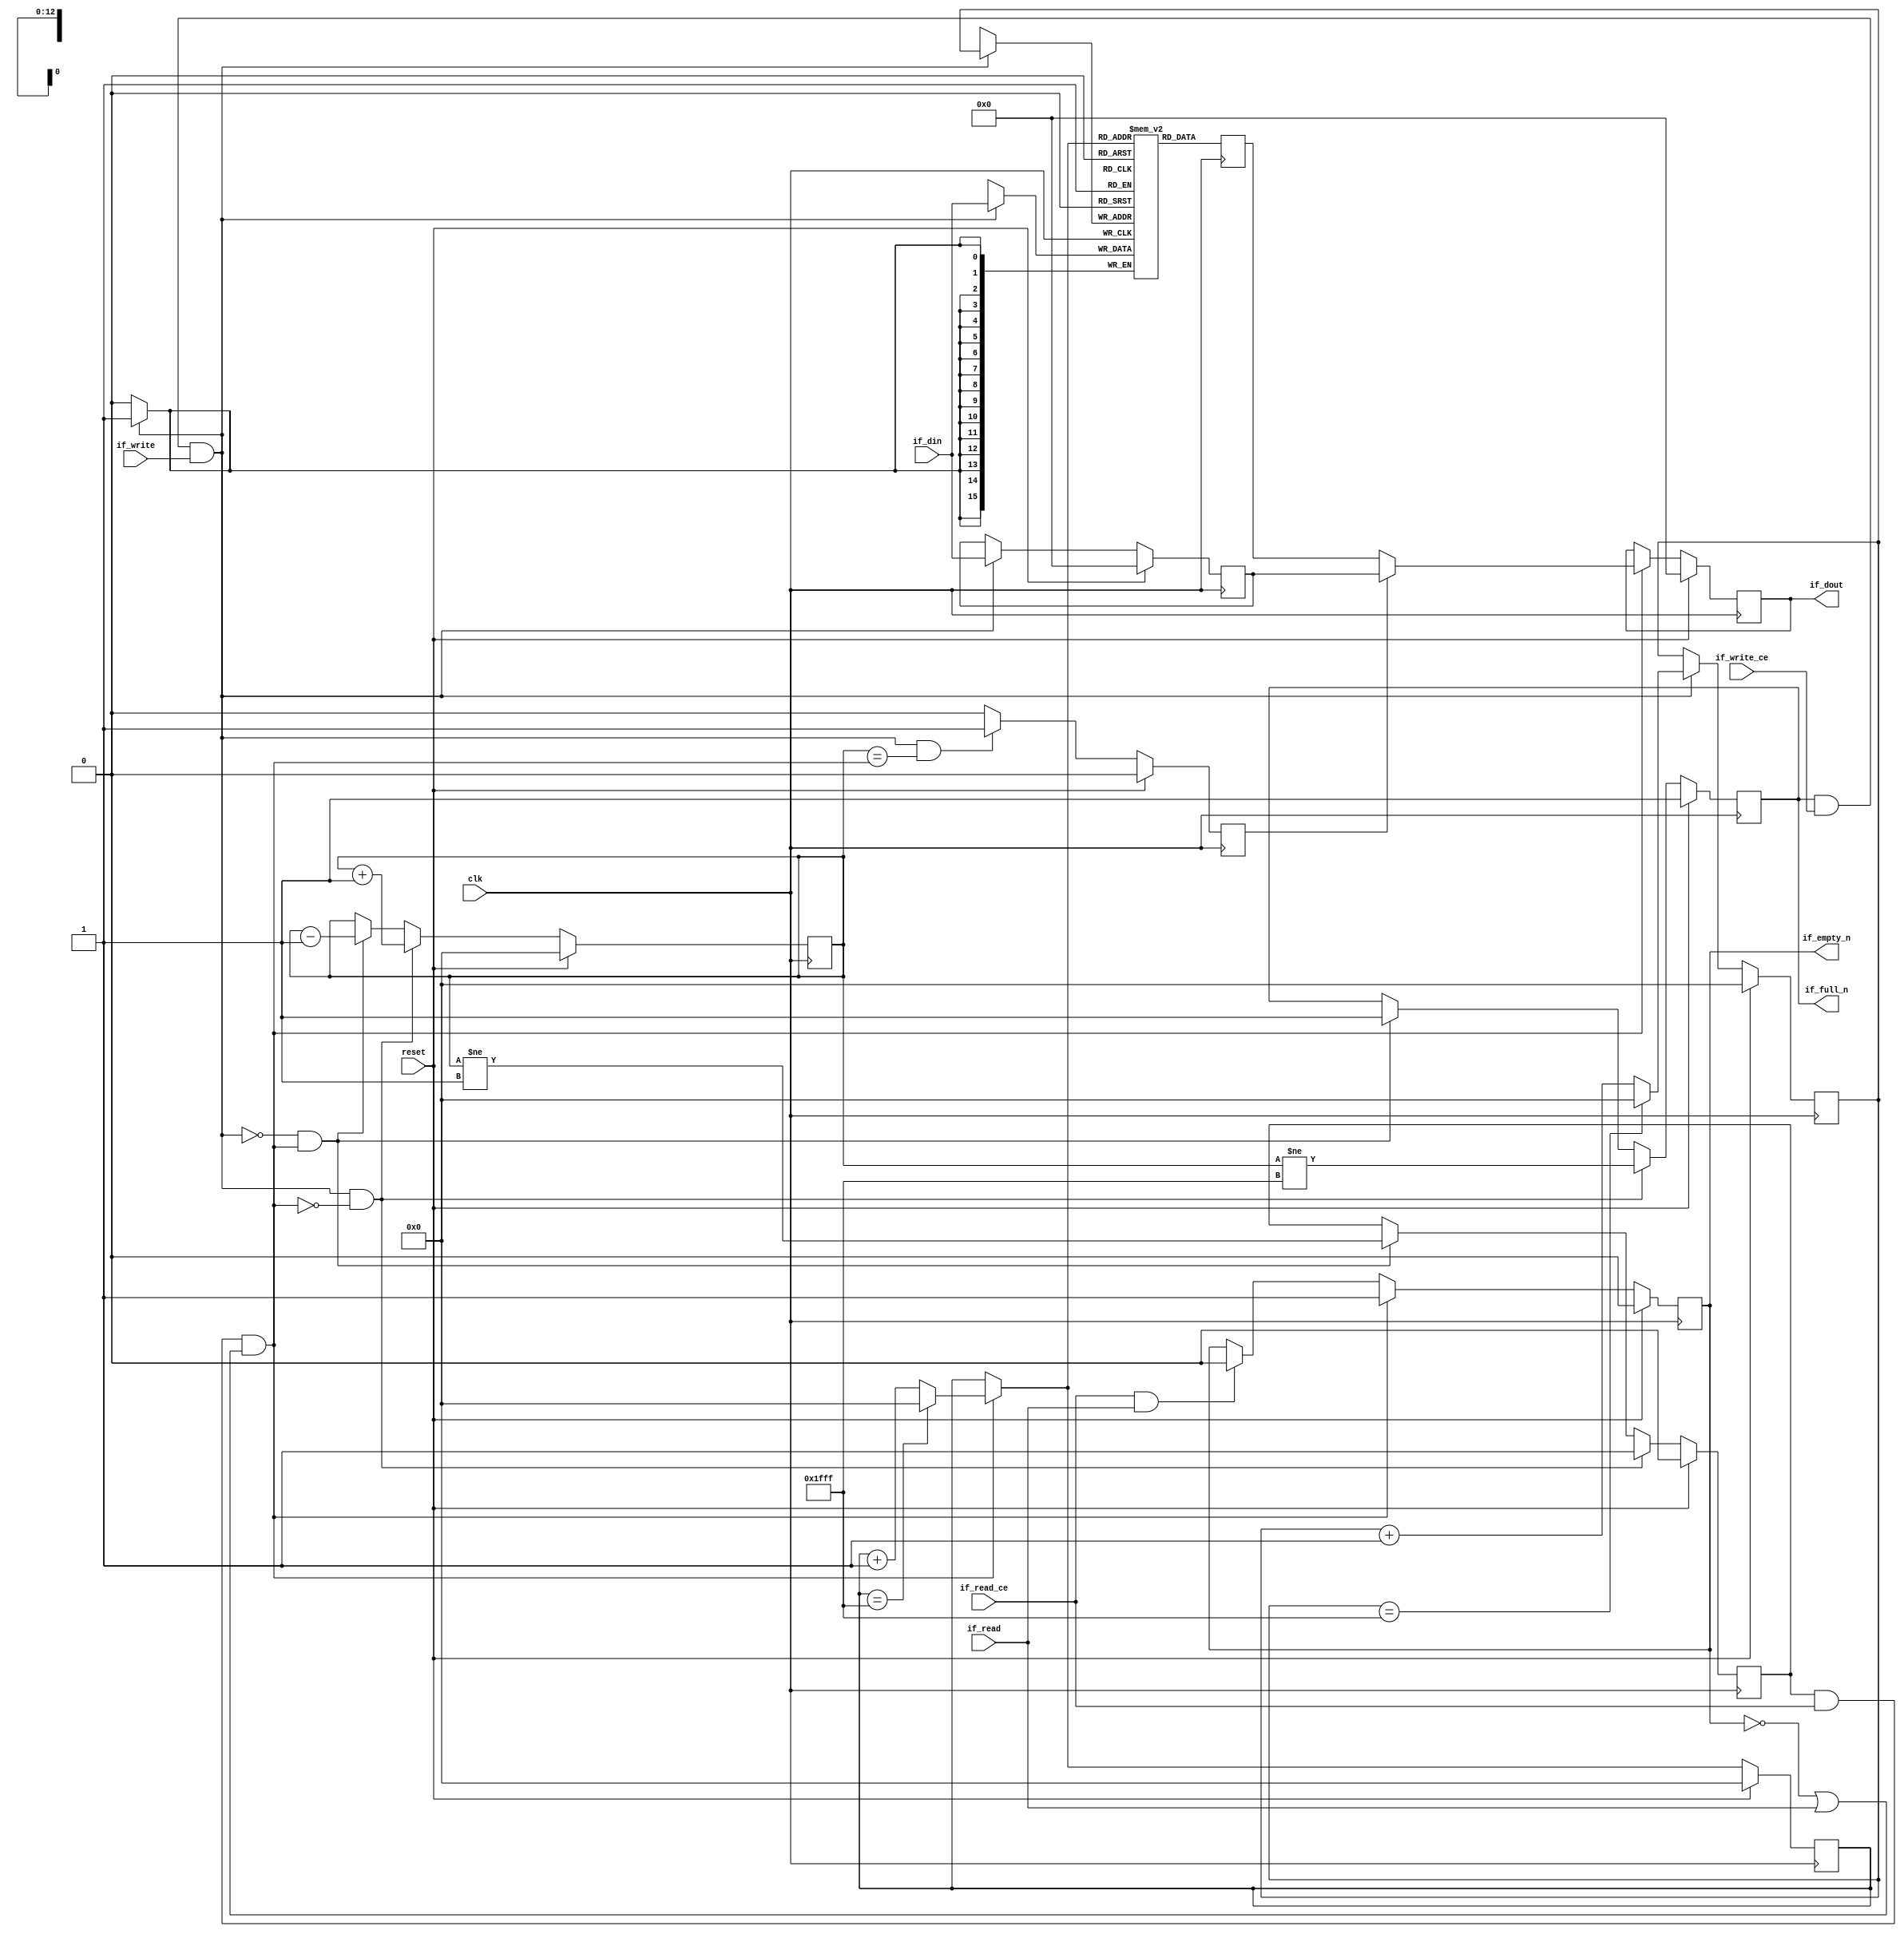
// ==============================================================
// Vivado(TM) HLS - High-Level Synthesis from C, C++ and SystemC v2019.2 (64-bit)
// Copyright 1986-2019 Xilinx, Inc. All Rights Reserved.
// ==============================================================

`timescale 1ns/1ps

module fifo_w16_d8192_A
#(parameter
    MEM_STYLE   = "block",
    DATA_WIDTH  = 16,
    ADDR_WIDTH  = 13,
    DEPTH       = 8192
)
(
    // system signal
    input  wire                  clk,
    input  wire                  reset,

    // write
    output wire                  if_full_n,
    input  wire                  if_write_ce,
    input  wire                  if_write,
    input  wire [DATA_WIDTH-1:0] if_din,

    // read
    output wire                  if_empty_n,
    input  wire                  if_read_ce,
    input  wire                  if_read,
    output wire [DATA_WIDTH-1:0] if_dout
);
//------------------------Parameter----------------------

//------------------------Local signal-------------------
(* ram_style = MEM_STYLE *)
reg  [DATA_WIDTH-1:0] mem[0:DEPTH-1];
reg  [DATA_WIDTH-1:0] q_buf = 1'b0;
reg  [ADDR_WIDTH-1:0] waddr = 1'b0;
reg  [ADDR_WIDTH-1:0] raddr = 1'b0;
wire [ADDR_WIDTH-1:0] wnext;
wire [ADDR_WIDTH-1:0] rnext;
wire                  push;
wire                  pop;
reg  [ADDR_WIDTH-1:0] usedw = 1'b0;
reg                   full_n = 1'b1;
reg                   empty_n = 1'b0;
reg  [DATA_WIDTH-1:0] q_tmp = 1'b0;
reg                   show_ahead = 1'b0;
reg  [DATA_WIDTH-1:0] dout_buf = 1'b0;
reg                   dout_valid = 1'b0;


//------------------------Instantiation------------------

//------------------------Task and function--------------

//------------------------Body---------------------------
assign if_full_n  = full_n;
assign if_empty_n = dout_valid;
assign if_dout    = dout_buf;
assign push       = full_n & if_write_ce & if_write;
assign pop        = empty_n & if_read_ce & (~dout_valid | if_read);
assign wnext      = !push                ? waddr :
                    (waddr == DEPTH - 1) ? 1'b0  :
                    waddr + 1'b1;
assign rnext      = !pop                 ? raddr :
                    (raddr == DEPTH - 1) ? 1'b0  :
                    raddr + 1'b1;

// waddr
always @(posedge clk) begin
    if (reset == 1'b1)
        waddr <= 1'b0;
    else
        waddr <= wnext;
end

// raddr
always @(posedge clk) begin
    if (reset == 1'b1)
        raddr <= 1'b0;
    else
        raddr <= rnext;
end

// usedw
always @(posedge clk) begin
    if (reset == 1'b1)
        usedw <= 1'b0;
    else if (push & ~pop)
        usedw <= usedw + 1'b1;
    else if (~push & pop)
        usedw <= usedw - 1'b1;
end

// full_n
always @(posedge clk) begin
    if (reset == 1'b1)
        full_n <= 1'b1;
    else if (push & ~pop)
        full_n <= (usedw != DEPTH - 1);
    else if (~push & pop)
        full_n <= 1'b1;
end

// empty_n
always @(posedge clk) begin
    if (reset == 1'b1)
        empty_n <= 1'b0;
    else if (push & ~pop)
        empty_n <= 1'b1;
    else if (~push & pop)
        empty_n <= (usedw != 1'b1);
end

// mem
always @(posedge clk) begin
    if (push)
        mem[waddr] <= if_din;
end

// q_buf
always @(posedge clk) begin
    q_buf <= mem[rnext];
end

// q_tmp
always @(posedge clk) begin
    if (reset == 1'b1)
        q_tmp <= 1'b0;
    else if (push)
        q_tmp <= if_din;
end

// show_ahead
always @(posedge clk) begin
    if (reset == 1'b1)
        show_ahead <= 1'b0;
    else if (push && usedw == pop)
        show_ahead <= 1'b1;
    else
        show_ahead <= 1'b0;
end

// dout_buf
always @(posedge clk) begin
    if (reset == 1'b1)
        dout_buf <= 1'b0;
    else if (pop)
        dout_buf <= show_ahead? q_tmp : q_buf;
end

// dout_valid
always @(posedge clk) begin
    if (reset == 1'b1)
        dout_valid <= 1'b0;
    else if (pop)
        dout_valid <= 1'b1;
    else if (if_read_ce & if_read)
        dout_valid <= 1'b0;
end

endmodule